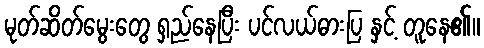
မုတ်ဆိတ်မွေးတွေ ရှည်နေပြီး ပင်လယ်ဓားပြ နှင့် တူနေ၏။